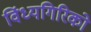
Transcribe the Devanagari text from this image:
विंध्यगिरिको